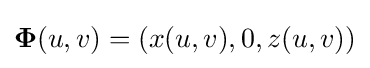
\mathbf {\Phi } (u,v)=(x(u,v),0,z(u,v))